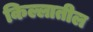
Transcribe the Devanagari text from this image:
किल्लातील